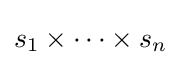
s_{1}\times \cdots \times s_{n}